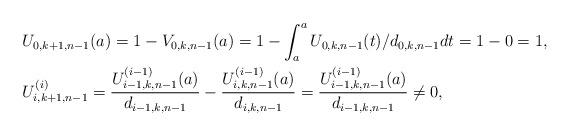
\begin{align*}&U_{0,k+1,n-1}(a)=1-V_{0,k,n-1}(a)=1-\int_{a}^a U_{0,k,n-1}(t)/d_{0,k,n-1} dt=1-0=1, \\&U_{i,k+1,n-1}^{(i)}=\frac{U_{i-1,k,n-1}^{(i-1)}(a)}{d_{i-1,k,n-1}}-\frac{U_{i,k,n-1}^{(i-1)}(a)}{d_{i,k,n-1}}=\frac{U_{i-1,k,n-1}^{(i-1)}(a)}{d_{i-1,k,n-1}}\neq 0,\end{align*}